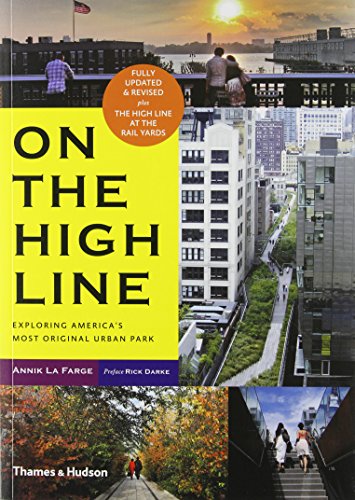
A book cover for On the High Line: Exploring America's Most Original Urban Park (Revised Edition); Annik LaFarge; Travel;